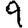
Digit: 9